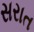
સરાત